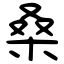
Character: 桑